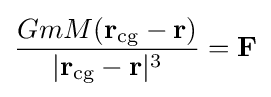
{\frac {GmM(\mathbf {r} _{\mathrm {cg} }-\mathbf {r} )}{|\mathbf {r} _{\mathrm {cg} }-\mathbf {r} |^{3}}}=\mathbf {F}